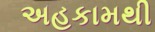
અહકામથી